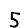
Digit: 5